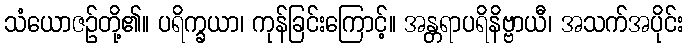
သံယောဇဉ်တို့၏။ ပရိက္ခယာ၊ ကုန်ခြင်းကြောင့်။ အန္တရာပရိနိဗ္ဗာယီ၊ အသက်အပိုင်း